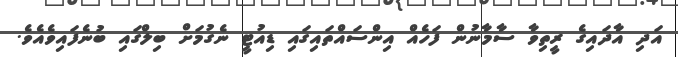
އަދި އާދައިގެ ރީތިވާ ސާމާނުން ފަހެއް އިންސައްތައިގައި ޑިއުޓީ ނެގުމަށް ބިލްގައި ބުނެފައިވެއެވެ.